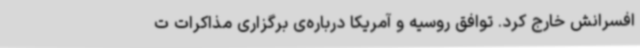
افسرانش خارج کرد. توافق روسیه و آمریکا درباره‌ی برگزاری مذاکرات ت